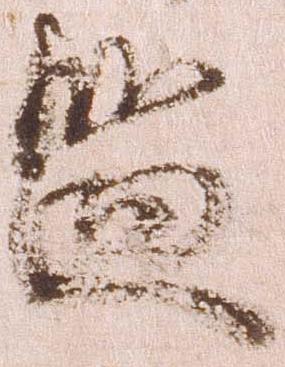
監